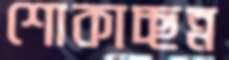
শোকাচ্ছন্ন